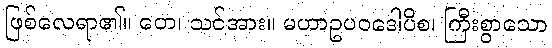
ဖြစ်လေရာ၏။ တေ၊ သင်အား။ မဟာဥပဝဒေါပိစ၊ ကြီးစွာသော